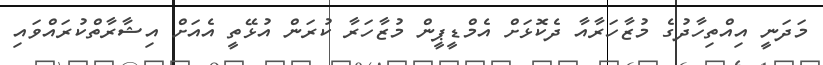
މަދަނީ އިއްތިހާދުގެ މުޒާހަރާއާ ދެކޮޅަށް އެމްޑީޕީން މުޒާހަރާ ކުރަން އުޅޭތީ އެއަށް އިޝާރާތްކުރައްވައި